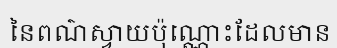
នៃពណ៌ស្វាយប៉ុណ្ណោះដែលមាន